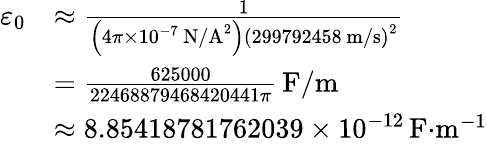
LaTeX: {\begin{array}{rl}{\varepsilon_{0}}&{\approx{\frac{1}{\left(4\pi\times 10^{-7}\, {\textrm{N/A}}^{2}\right)\left(299792458\, {\textrm{m/s}}\right)^{2}}}}\\ &{={\frac{625000}{22468879468420441\pi}}\, {\textrm{F/m}}}\\ &{\approx 8.85418781762039\times 10^{-12}\, {\textrm{F}}{\cdot}{\textrm{m}}^{-1}}\end{array}}